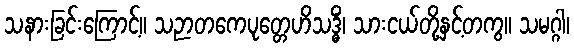
သနားခြင်းကြောင့်။ သဉာတကေပုတ္တေဟိသဒ္ဓိံ၊ သားငယ်တို့နှင့်တကွ။ သမဂ္ဂါ၊